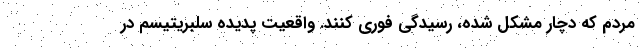
مردم که دچار مشکل شده، رسیدگی فوری کنند. واقعیت پدیده سلبریتیسم در